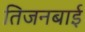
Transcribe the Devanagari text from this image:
तिजनबाई